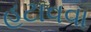
હટાવવા